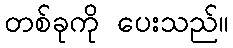
တစ်ခုကို ပေးသည်။